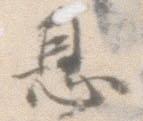
恩